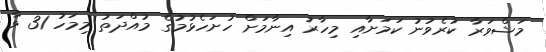
މަޝްވަރާ ކުރެވުނު ކަމަށާއި މިހާރު އިނާމަށް ހުށަހެޅުމުގެ މުއްދަތު މިމަހު 31 ވާ